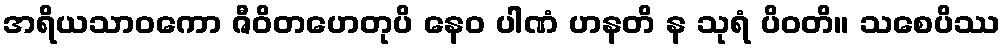
အရိယသာဝကော ဇီဝိတဟေတုပိ နေဝ ပါဏံ ဟနတိ န သုရံ ပိဝတိ။ သစေပိဿ